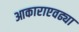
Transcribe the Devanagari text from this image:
आकाराएवढ्या